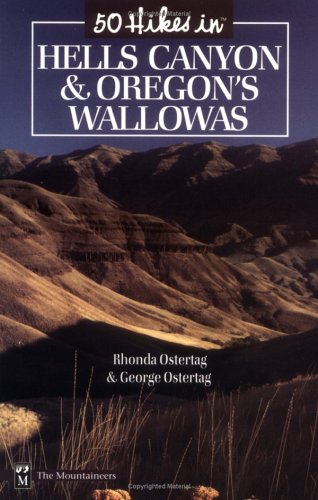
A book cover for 50 Hikes in Hells Canyon and Oregon's Wallowas; Rhonda Ostertag; Travel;